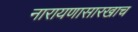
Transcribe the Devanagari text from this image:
नारायणासारखाच